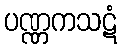
ပဏ္ဏကသဋံ